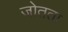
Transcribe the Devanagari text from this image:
जोतता